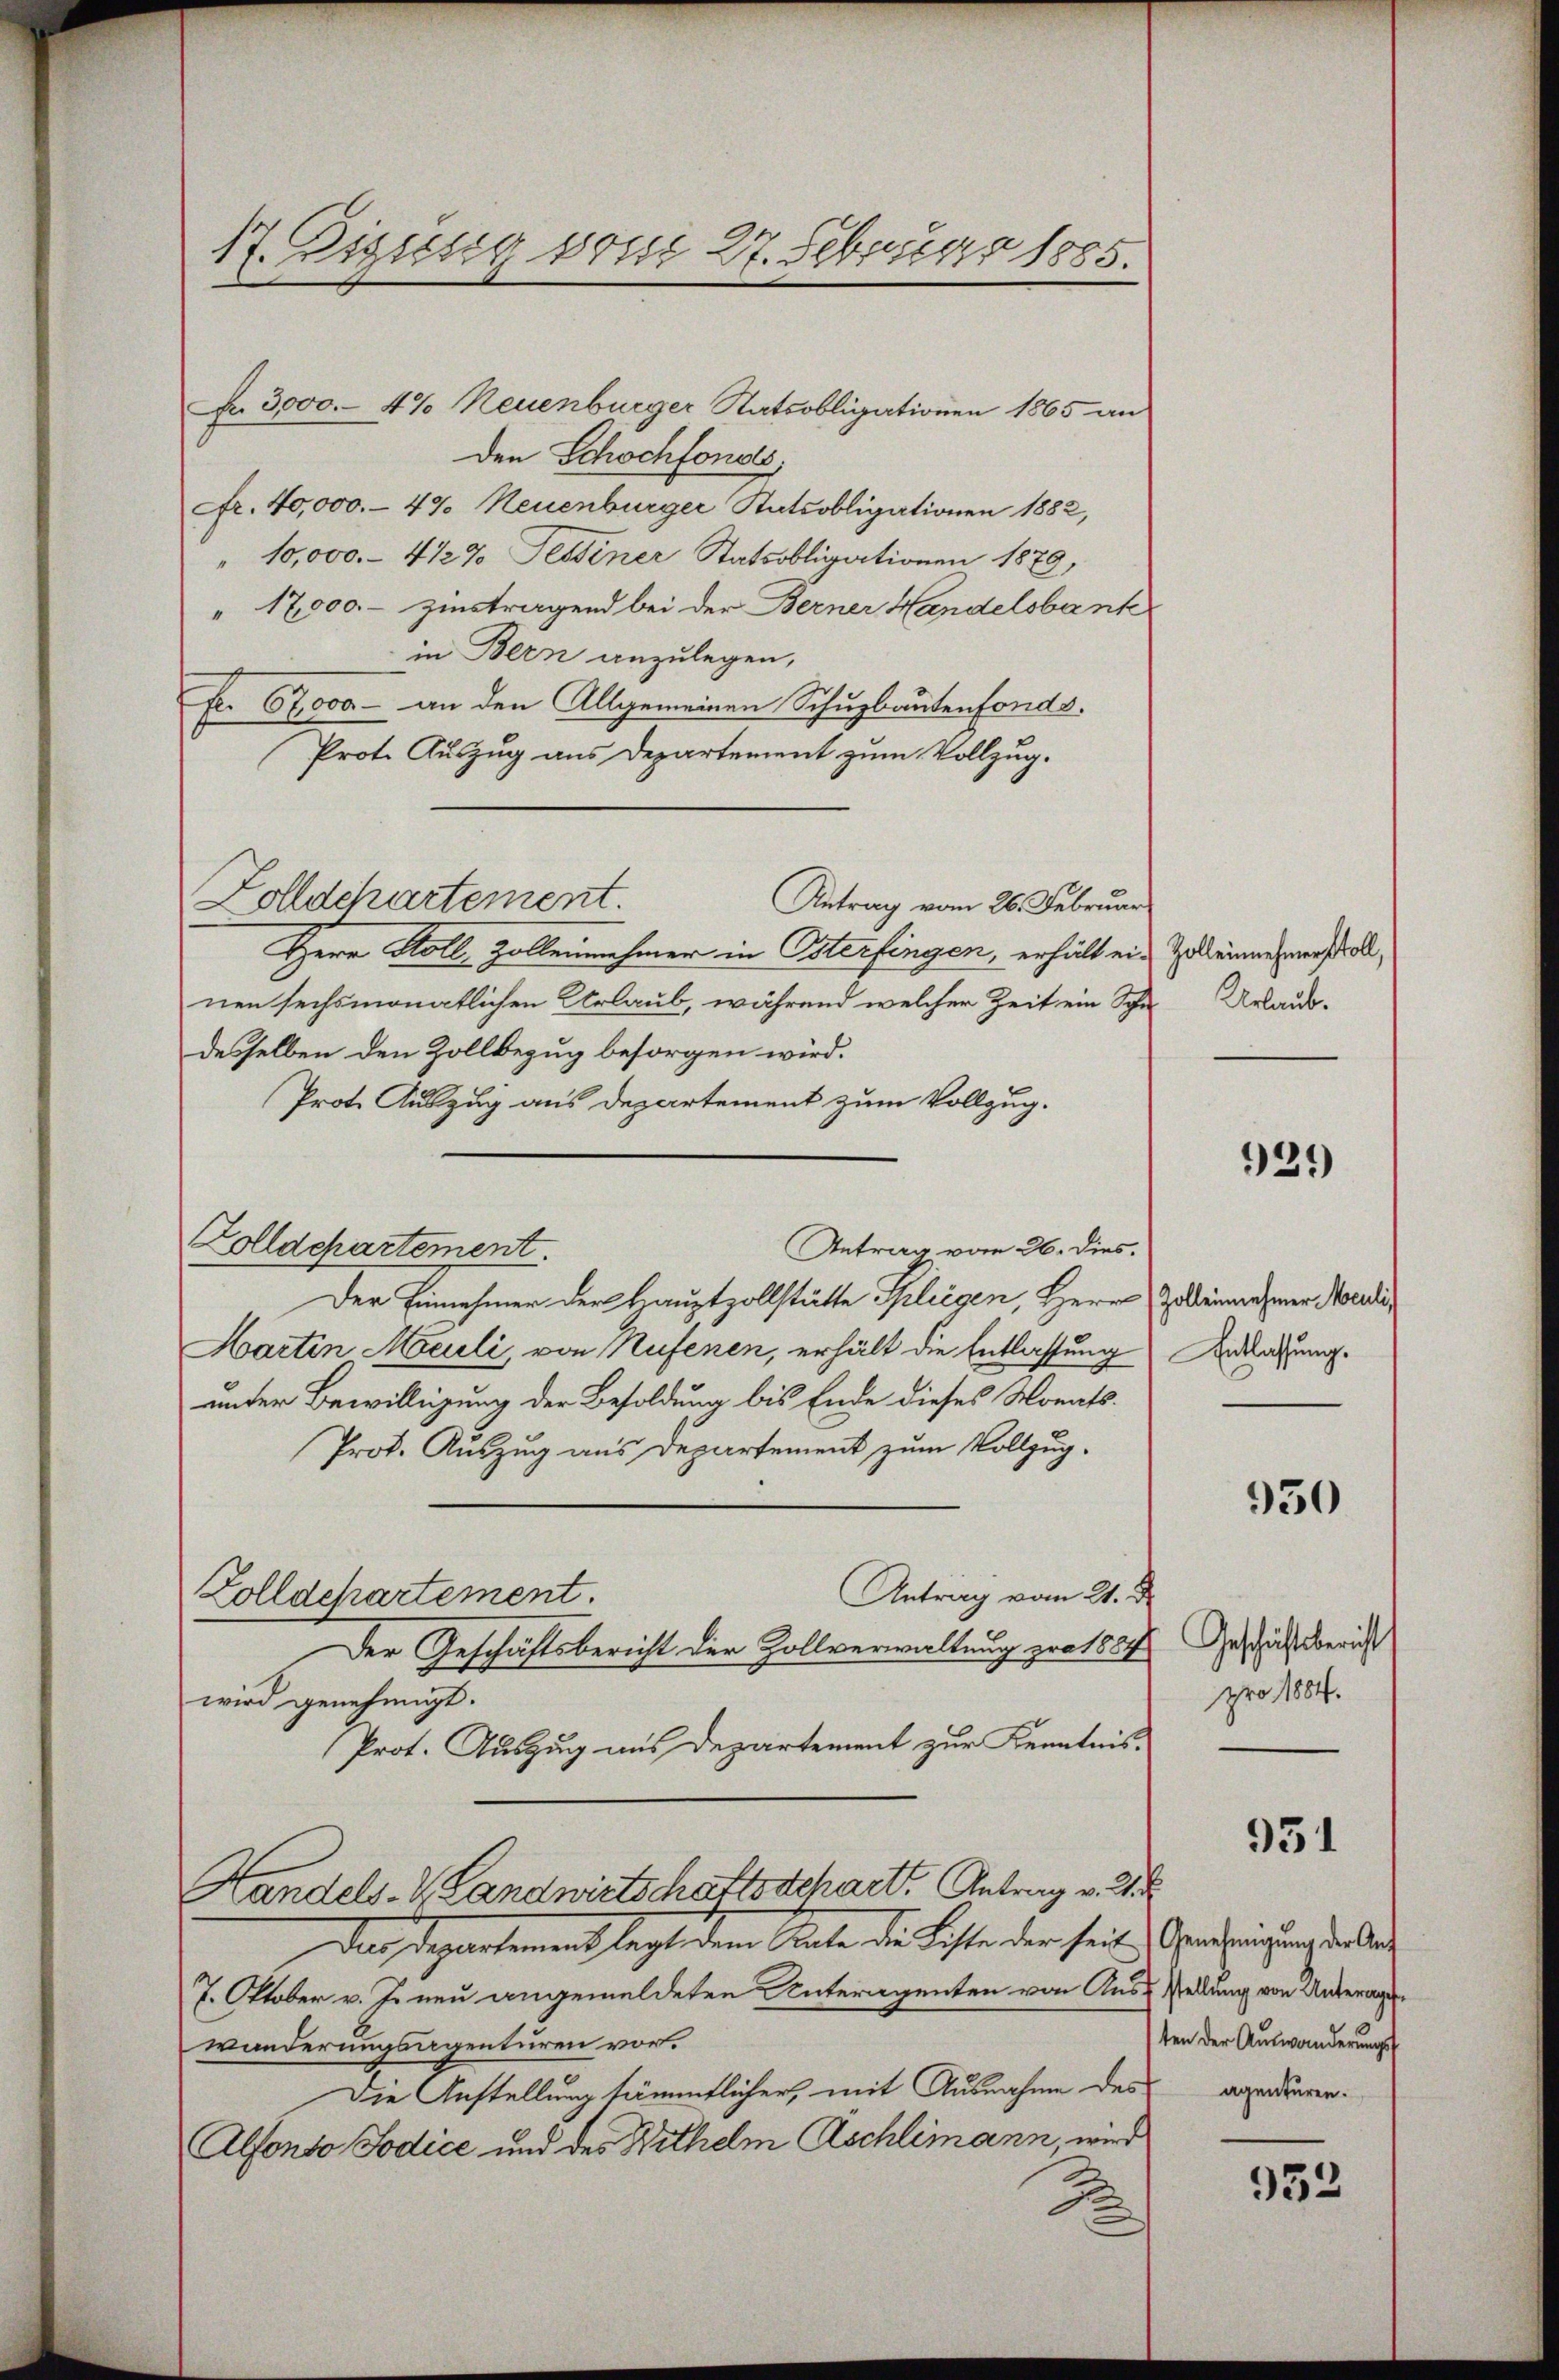
17. Eigung vom 27. Februar 1885.

Nr 3,000.- 4% Neuenburger Statsobligationen 1865 an
den Schochfonds,
Fr. 40,000.- 47 Neuenburger Ratsobligationen 1882,
" 10,000.- 412% Tessiner Statsobligationen 1879,
"17,000.- zinstragend bei der Berner Handelsbank
in Bern anzulegen,
Fr. 67000.- an den Allgemeinen Schuzbautenfonds.
Prote Auszug aus Departement zum Vollzug.
Zollschartement.
Antrag vom 26. Februar
Herr Holl, Zollennehmer in Osterfingen, erhält ein Zelleinehmen soll,
nen sechsmonatlichen Urlaub, während welcher Zeit ein Schn
desselben den Zollbezug besorgen wird.
Prot. Auszug aus Departement zum Vollzug.
olldepartement.
Antrag vom 26. dies.
Der Einnehmer der Hauptzollstätte Fliegen, Herrn Zollenmehrer Nordi¬
Hartin Maculi, von Rufenen, erhält die Entlassung Anlaßung
unter Bewilligung der Besoldung bis Ende dieses Monats¬
Prof. Auszug aus Departement zum Vollzug¬
Antrag vom 24. d.
Zolldepartement.
Der Geschäftsbericht der Zollverwaltung pro 1887
wird genehmigt.
1 Prot. Auszug aus Departement zur Kenntnis-
Handels- & Landwirtschaftsschart. Antrag v. 2.
Der Departement tegliedern Seite die Kosten der heilte Genehmigung der des
7. Oktober v. J. neu angemeldeten Unteragenten von Ausstellung von Unterage
wanderungsagenturen vor.
Die Anstellung sämmtlicher, mit Ausnahme des
Alfonso Fodice und des Wilhelm Aschlimann, wird
2

Urlaub.

931)

950

Geschäftsbericht
pro 1884.

951

1ten der Auswanderungsagenturen.

933